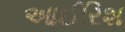
આઈરિશ